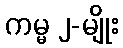
ကမ္မ ၂-မျိုး